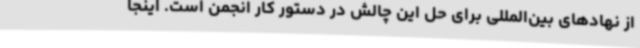
از نهادهای بین‌المللی برای حل این چالش در دستور کار انجمن است. اینجا